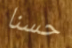
حسنا